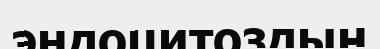
эндоцитоздың